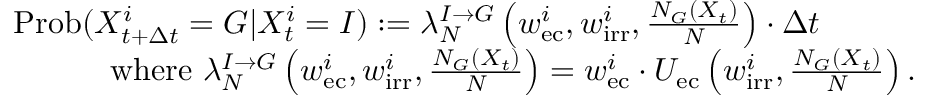
\begin{array} { r l } & { \mathrm { P r o b } ( X _ { t + \Delta t } ^ { i } = G | X _ { t } ^ { i } = I ) : = \lambda _ { N } ^ { I \rightarrow G } \left( w _ { \mathrm { e c } } ^ { i } , w _ { \mathrm { i r r } } ^ { i } , \frac { N _ { G } ( X _ { t } ) } { N } \right) \cdot \Delta t } \\ & { \quad \quad \quad \mathrm { w h e r e } \, \, \lambda _ { N } ^ { I \rightarrow G } \left( w _ { \mathrm { e c } } ^ { i } , w _ { \mathrm { i r r } } ^ { i } , \frac { N _ { G } ( X _ { t } ) } { N } \right) = w _ { \mathrm { e c } } ^ { i } \cdot U _ { \mathrm { e c } } \left( w _ { \mathrm { i r r } } ^ { i } , \frac { N _ { G } ( X _ { t } ) } { N } \right) . } \end{array}